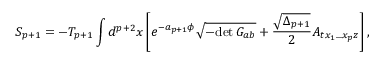
S _ { p + 1 } = - T _ { p + 1 } \int d ^ { p + 2 } x \left[ e ^ { - a _ { p + 1 } \phi } \sqrt { - \mathrm { d e t } \, G _ { a b } } + { \frac { \sqrt { \Delta _ { p + 1 } } } { 2 } } A _ { t x _ { 1 } . . . x _ { p } z } \right] ,